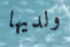
ولديها